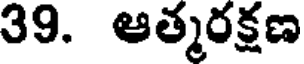
39. ఆత్మరక్షణ